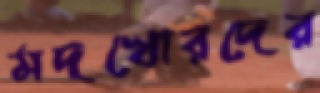
মদখোরদের